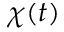
\chi ( t )